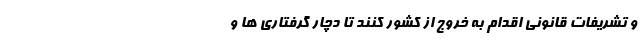
و تشریفات قانونی اقدام به خروج از کشور کنند تا دچار گرفتاری ها و